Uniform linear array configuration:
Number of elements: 48
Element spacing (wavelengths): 1
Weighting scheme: cosine
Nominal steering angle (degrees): -15
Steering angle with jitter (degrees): -14.029
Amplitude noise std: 0.05
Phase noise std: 0.05

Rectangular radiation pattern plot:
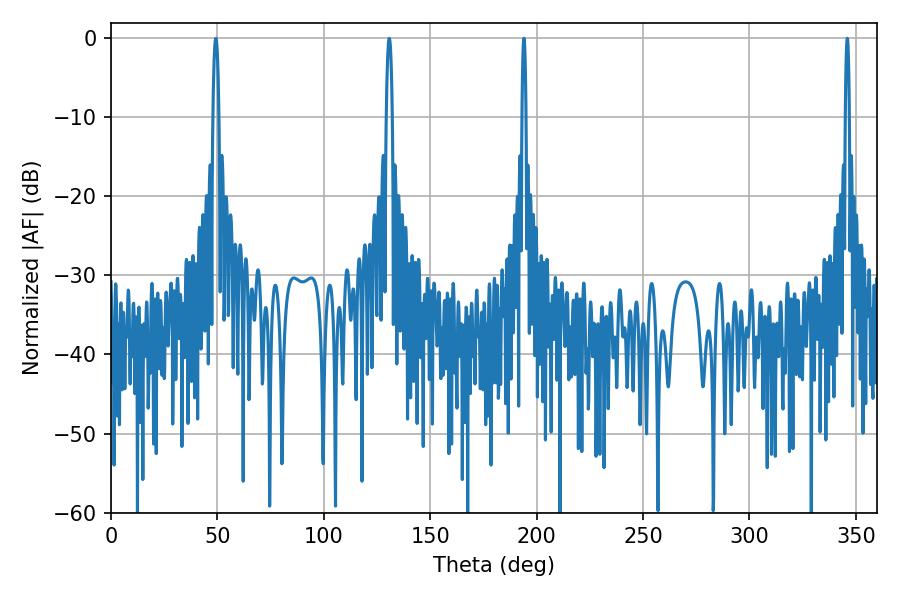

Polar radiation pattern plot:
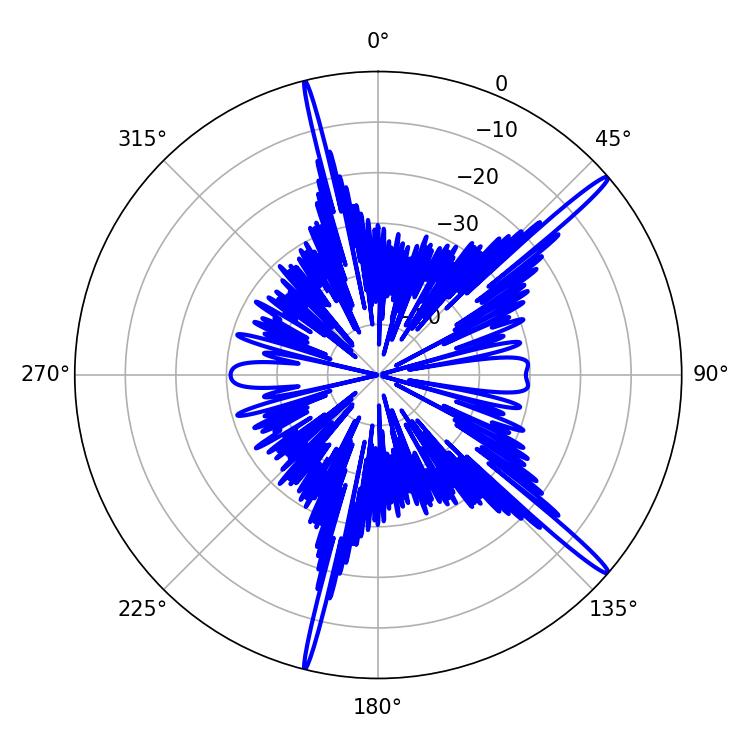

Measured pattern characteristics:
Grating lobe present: TRUE
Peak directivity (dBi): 17.184
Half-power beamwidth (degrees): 1.08
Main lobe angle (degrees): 194.04